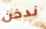
ندخن